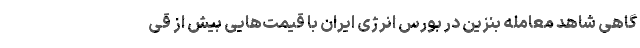
گاهی شاهد معامله بنزین در بورس انرژی ایران با قیمت‌هایی بیش از قی